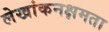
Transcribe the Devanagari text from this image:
लेखांकनक्षमता